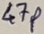
Text: 47P